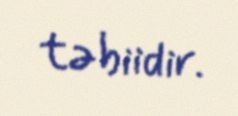
təbiidir.